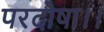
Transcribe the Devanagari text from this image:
परदोषा।।